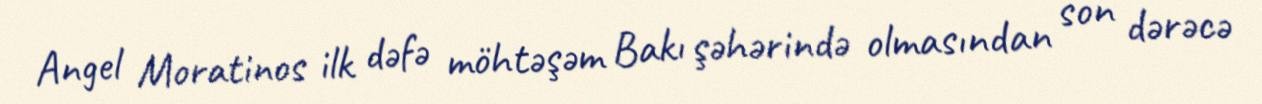
Angel Moratinos ilk dəfə möhtəşəm Bakı şəhərində olmasından son dərəcə